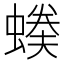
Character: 𧏉